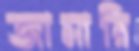
জামারি